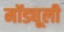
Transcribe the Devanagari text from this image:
मॉड्यूली